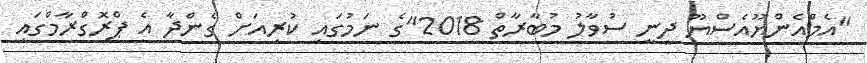
"އެމްއެންޔޫއެސްޔޫ ދީނީ ސުވާލު މުބާރާތް 2018"ގެ ނަމުގައި ކުރިއަށް ގެންދާ އެ ޕްރޮގްރާމްގައި